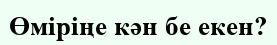
Өміріңе кән бе екен?